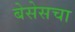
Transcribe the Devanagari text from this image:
बेसेसचा